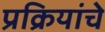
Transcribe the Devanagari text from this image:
प्रक्रियांचे